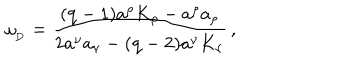
\omega _ { _ \mathrm { D } } = { \frac { { ( \mathrm { q - 1 ) } } a ^ { \rho } K _ { \rho } - a ^ { \rho } a _ { \rho } } { 2 a ^ { \nu } a _ { \nu } - { ( \mathrm { q - 2 ) } } a ^ { \nu } K _ { \nu } } } \, ,